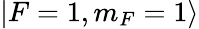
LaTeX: |F=1,m_{F}=1\rangle